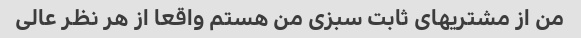
من از مشتریهای ثابت سبزی من هستم واقعا از هر نظر عالی